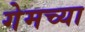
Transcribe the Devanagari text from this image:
गेमच्या